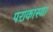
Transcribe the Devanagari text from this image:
पराकास्था